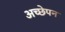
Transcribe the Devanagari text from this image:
अच्छेपन